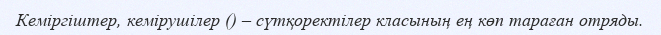
Кеміргіштер, кемірушілер () – сүтқоректілер класының ең көп тараған отряды.